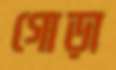
গোড়া